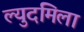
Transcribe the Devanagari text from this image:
ल्युदमिला